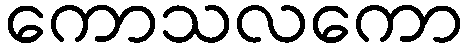
ကောသလကော